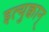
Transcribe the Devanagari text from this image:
इत्युक्वान्